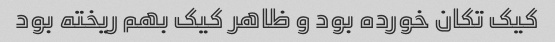
کیک تکان خورده بود و ظاهر کیک بهم ریخته بود